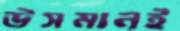
উসমানই